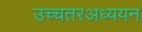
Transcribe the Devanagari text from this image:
उच्चतरअध्ययन